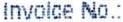
INVOICE NO.: